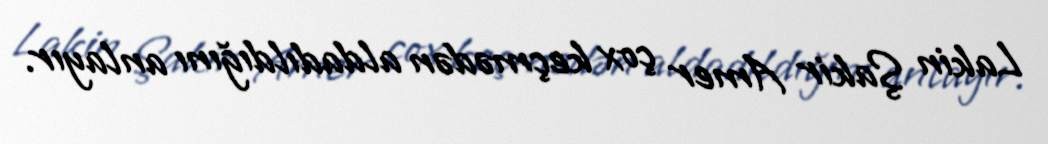
Lakin Şakir Amer çox keçmədən aldadıldığını anlayır.